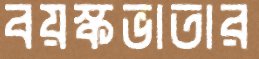
বয়স্কভাতার